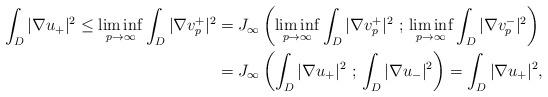
LaTeX: \begin{align*}\int_{D}|\nabla u_+|^2\le \liminf_{p\to\infty}\int_{D}|\nabla v_p^+|^2&= J_\infty\left(\liminf_{p\to\infty}\int_{D}|\nabla v_p^+|^2\ ;\,\liminf_{p\to\infty}\int_{D}|\nabla v_p^-|^2\right)\\&= J_\infty\left(\int_{D}|\nabla u_+|^2\ ;\,\int_{D}|\nabla u_-|^2\right)=\int_{D}|\nabla u_+|^2,\end{align*}